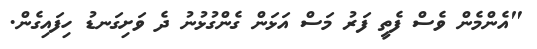
"އެންމެން ވެސް ފެތީ ފަރު މަސް އަޅަން ގެންގުޅުނު ދެ ވަށިގަނޑު ހިފައިގެން.